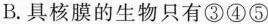
B. 具核膜的生物只有③④⑤